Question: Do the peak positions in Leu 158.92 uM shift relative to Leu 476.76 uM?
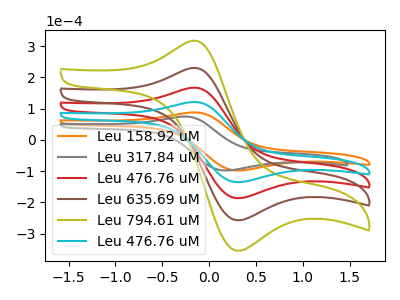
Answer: <think>The orange curve "Leu 158.92 uM" has an anodic peak at (-0.20V, 87.45uA) and a cathodic peak at (0.30V, -98.15uA). The gray curve "Leu 317.84 uM" has an anodic peak at (-0.30V, 74.25uA) and a cathodic peak at (0.15V, -98.15uA). The red curve "Leu 476.76 uM" has an anodic peak at (-0.20V, 241.15uA) and a cathodic peak at (0.30V, -270.65uA). The brown curve "Leu 635.69 uM" has an anodic peak at (-0.20V, 361.75uA) and a cathodic peak at (0.30V, -406.00uA). The olive curve "Leu 794.61 uM" has an anodic peak at (-0.20V, 482.30uA) and a cathodic peak at (0.30V, -541.35uA). The cyan curve "Leu 476.76 uM" has an anodic peak at (-0.20V, 120.60uA) and a cathodic peak at (0.30V, -135.35uA).
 All the peaks in "Leu 158.92 uM" have a peak in "Leu 476.76 uM" at the same potential. Every peak in "Leu 158.92 uM" is lower than every peak in "Leu 476.76 uM".</think>
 <answer>No, "Leu 158.92 uM" and "Leu 476.76 uM" don't appear to be significantly different in shape</answer>
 <eval>no_change</eval>